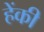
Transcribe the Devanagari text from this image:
हेंकी